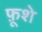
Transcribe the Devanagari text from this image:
फ़ूशे